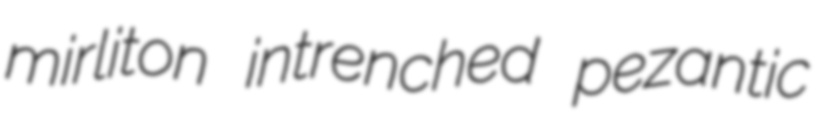
mirliton intrenched pezantic